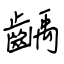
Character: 齲